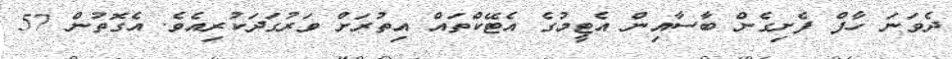
ދެވަނަ ހާފް ފެށިގެން ބާސާއިން އެޓީމުގެ އެޓޭކްތައް އިތުރަށް ވަރުގަދަކުރިއެވެ. އެގޮތުން 57